Madras plague regulations in force outside the Presidency town - Volume 3
Disease focus: Plague
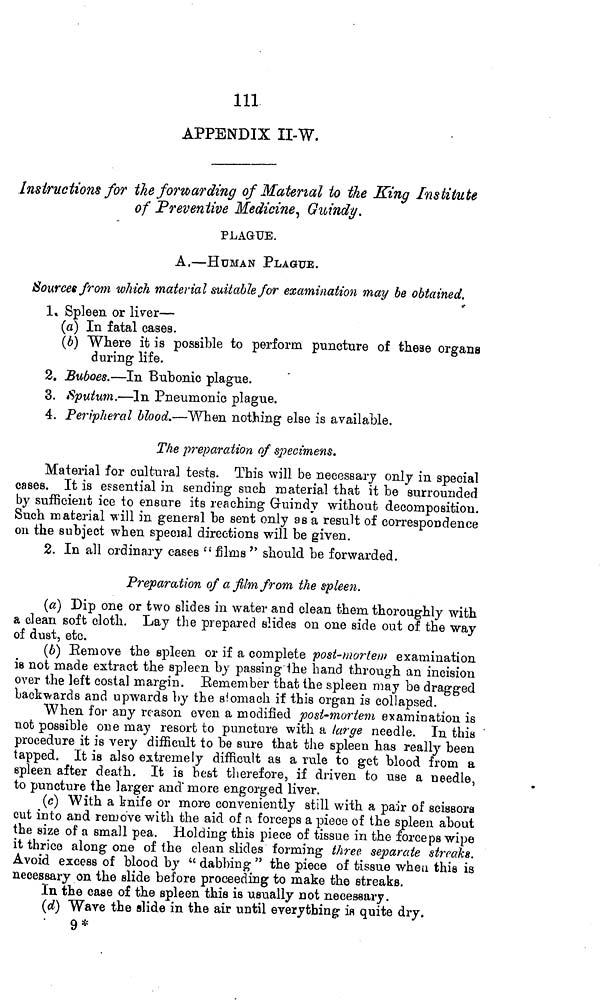
Ill
APPENDIX II-W.
Instructions for the forwarding of Material to the King Institute
of Preventive Medicine, Guindy.
PLAGUE.
A.—HUMAN PLAGUE.
Sources from which material suitable for examination may be obtained.
1. Spleen or liver—
(a) In fatal cases.
(b) Where it is possible to perform puncture of these organs
during life.
2. Buboes.—In Bubonic plague.
3. Sputum.—In Pneumonic plague.
4. Peripheral blood.—When nothing else is available.
The preparation of specimens.
Material for cultural tests. This will be necessary only in special
cases. It is essential in sending such material that it be surrounded
by sufficient ice to ensure its reaching Gruindy without decomposition.
Such material will in general be sent only asa result of correspondence
on the subject when special directions will be given.
2. In all ordinary cases " films " should be forwarded.
Preparation of filmfrom the spleen.
(a) Dip one or two slides in water and clean them thoroughly with
a clean soft cloth. Lay the prepared slides on one side out of the way
of dust, etc.
(b) Remove the spleen or if a complete post-mortem examination
is not made extract the spleen by passing'lhe hand through an incision
over the left costal margin. Kemember that the spleen may be dragged
backwards and upwards by the stomach if this organ is collapsed.
When for any reason even a modified post-mortem examination is
not possible one may resort to puncture with a large needle. In this
procedure it is very difficult to be sure that the spleen has really been
tapped. It is also extremely difficult as a rule to get blood from a
epleen after death. It is best therefore, if driven to use a needle,
to puncture the larger and" more engorged liver.
(c) With a knife or more conveniently still with a pair of scissors
cut into and remove with the aid of a forceps a piece of the spleen about
the size of a small pea. Holding this piece of tissue in the forceps wipe
it thrice along one of the clean slides forming three separate streaks.
Avoid excess of blood by " dabbing " the piece of tissue when this is
necessary on the slide before proceeding to make the streaks.
In the case of the spleen this is usually not necessary.
(d) Wave the slide in the air until everything is quite dry.
9*